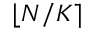
\lfloor N / K \rceil